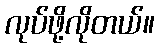
လုပ်ဖို့လိုတယ်။